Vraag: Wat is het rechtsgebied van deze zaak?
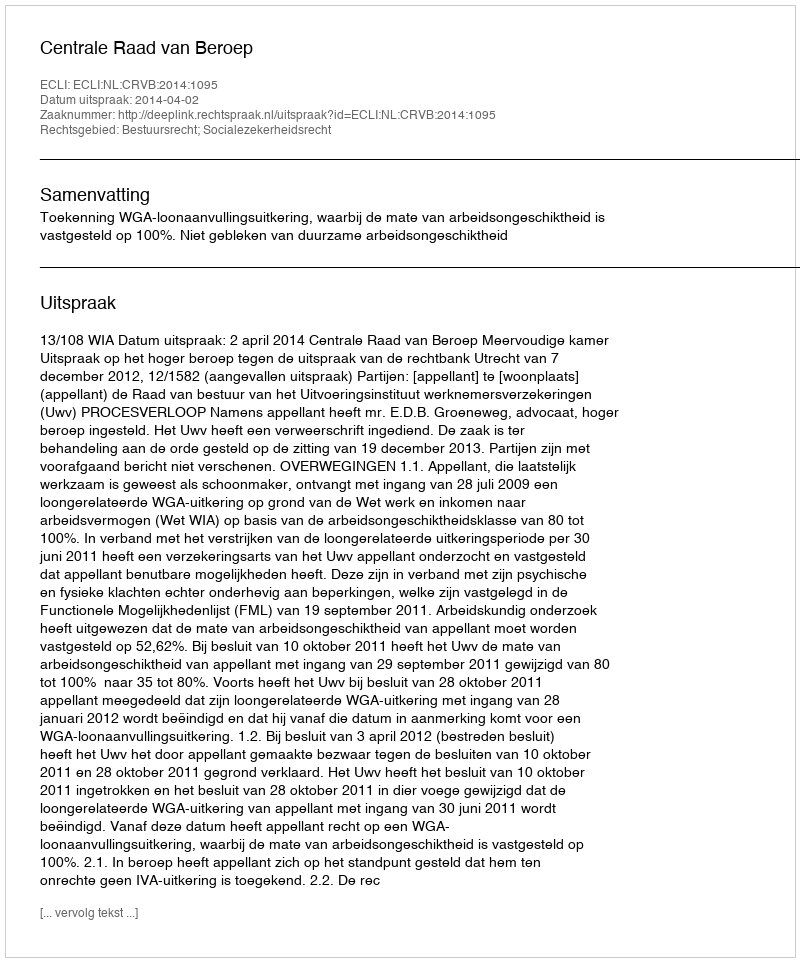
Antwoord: Bestuursrecht; Socialezekerheidsrecht